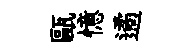
甌憶遹